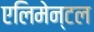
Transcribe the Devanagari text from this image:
एलिमेन्टल